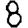
Digit: 8